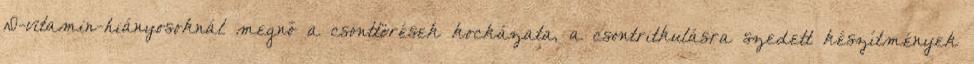
D-vitamin-hiányosoknál megnő a csonttörések kockázata, a csontritkulásra szedett készítmények